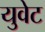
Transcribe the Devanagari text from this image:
युवेट